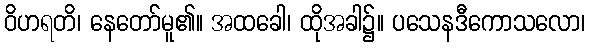
ဝိဟရတိ၊ နေတော်မူ၏။ အထခေါ၊ ထိုအခါ၌။ ပသေနဒီကောသလော၊